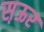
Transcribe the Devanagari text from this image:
स़ऊर